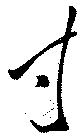
寸